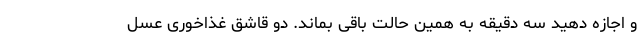
و اجازه دهید سه دقیقه به همین حالت باقی بماند. دو قاشق غذاخوری عسل